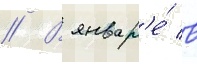
// В январ'е́ в